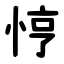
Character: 悙